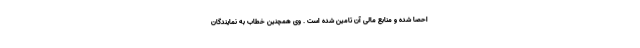
احصا شده و منابع مالی آن تامین شده است . وی همچنین خطاب به نمایندگان